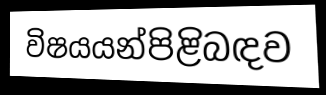
විෂයයන්පිළිබඳව